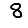
Digit: 8